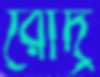
রোদ্র